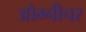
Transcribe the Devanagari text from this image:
ओम्नीचर